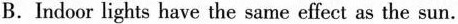
B.Indoor lights have the same effect as the sun.